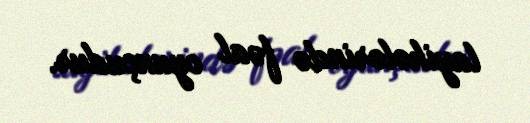
layihələrində fəal oyunçudur.